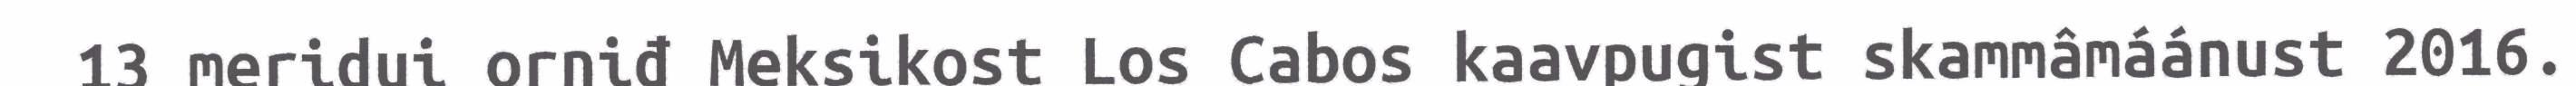
13 meridui orniđ Meksikost Los Cabos kaavpugist skammâmáánust 2016.